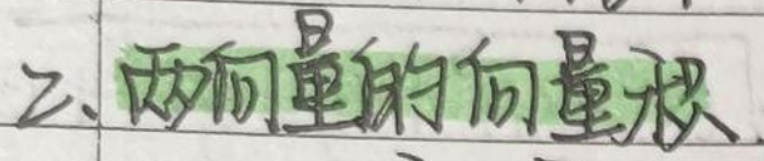
2. 两向量的向量积